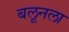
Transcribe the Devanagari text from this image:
बलूनला